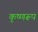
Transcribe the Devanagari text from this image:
कृष्णरूप